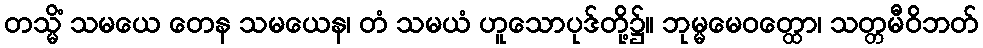
တသ္မိံ သမယေ တေန သမယေန၊ တံ သမယံ ဟူသောပုဒ်တို့၌။ ဘုမ္မမေဝတ္ထော၊ သတ္တမီဝိဘတ်